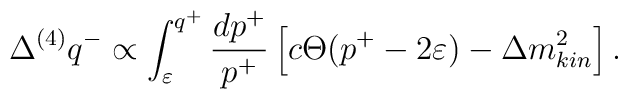
\Delta^{(4)} q^- \propto \int_\varepsilon^{q^+} \frac{dp^+}{p^+}\left[c\Theta (p^+-2\varepsilon)-\Delta m^2_{kin}\right].